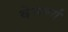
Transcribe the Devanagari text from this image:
वेवर्ण्य